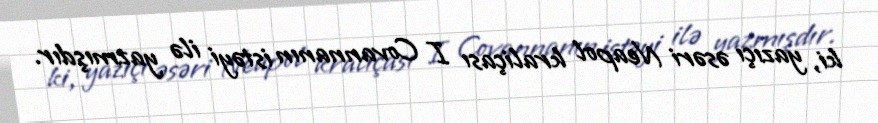
ki, yazıçı əsəri Neapol kraliçası I Covannanın istəyi ilə yazmışdır.